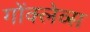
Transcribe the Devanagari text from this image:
गोंक्लेव्स